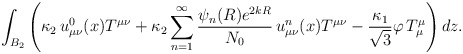
\begin{align*} \int_{B_2} \left( \kappa_2 \, u^0_{\mu\nu}(x) T^{\mu\nu}+\kappa_2 \sum_{n=1}^\infty \frac{\psi_n (R)e^{2kR}}{N_{0}}\, u^n_{\mu\nu}(x) T^{\mu\nu}-\frac{\kappa_1}{ \sqrt{3}} \varphi\, T_\mu^\mu\right)dz.\end{align*}